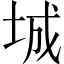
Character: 城